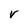
Character: V